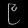
Digit: ၉